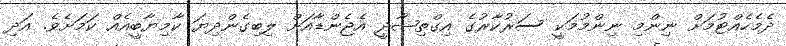
ދެމެހެއްޓުމަށް ނިންމި ނިންމުމަކީ ސަރުކާރުގެ އިގްތިޞާދީ އެޖެންޑާއަށް ލިބިގެންދިޔަ ކާމިޔާބީއެއް ކަމަށެވެ. އަދި